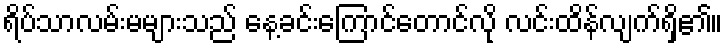
ရိပ်သာလမ်းမများသည် နေ့ခင်းကြောင်တောင်လို လင်းထိန်လျက်ရှိ၏။